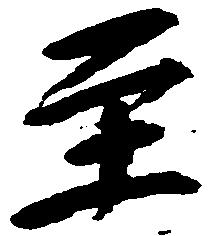
至